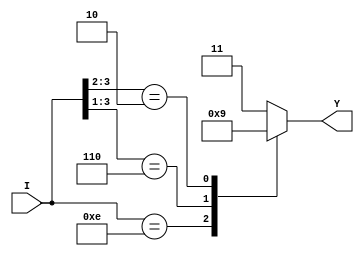
/*
** encoder_4_2.v
**
**
*/

module encoder_4_2(input wire [3:0] I, output wire [1:0] Y );
	reg [1:0] y_r;
	
	always @ ( I )
	begin
		casex( I )
			4'b1110 : y_r = 2'b00; //Se pressionado o botao 4
			4'b110x : y_r = 2'b10; //Se pressionado o botao 3
			4'b10xx : y_r = 2'b01; //Se pressionado o botao 2
			4'b0xxx : y_r = 2'b11; //Se pressionado o botao 1
			default : y_r = 2'b11; 
		endcase
	end
	
	// Atribuicao para 'Y'
	assign Y = y_r;
endmodule